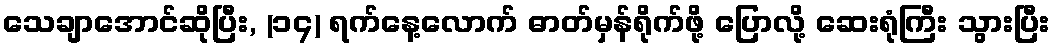
သေချာအောင်ဆိုပြီး, (၁၄) ရက်နေ့လောက် ဓာတ်မှန်ရိုက်ဖို့ ပြောလို့ ဆေးရုံကြီး သွားပြီး